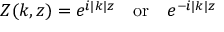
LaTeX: Z ( k , z ) = e ^ { i | k | z } \, \, \, \, \, \, \mathrm { o r } \, \, \, \, \, \, e ^ { - i | k | z }